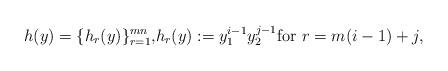
LaTeX: \begin{align*}h(y)=\{h_r(y)\}_{r=1}^{mn}, & h_r(y):=y_1^{i-1}y_2^{j-1} {\mathrm{for}}\,\, r=m(i-1)+j, \end{align*}